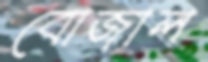
বোজাল